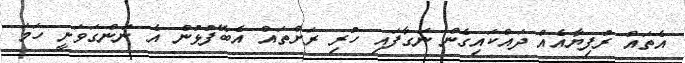
އެތައް ރުފިޔާއެއް ދައްކައިގެން ނަގާފައި ހުރި ރަށްތައް އެބޭފުޅުން އެ ނަންގަވަނީ ހަމަ